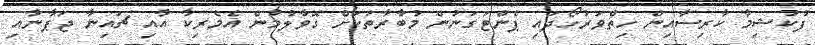
ފުކުޝިމާ ކާރިސާއިން ހިތްވަރުހޯދައި ޕެންޓަގަނުން މުބާރާތަކަށް ގޮވާލުމުން އެމެރިކާ އާއި ޗައިނާ ޖަޕާނާއި